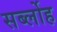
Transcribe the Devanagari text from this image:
सर्ब्लोह